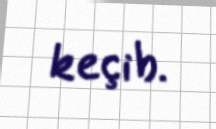
keçib.